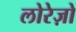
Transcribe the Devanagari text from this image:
लोरेज़ो